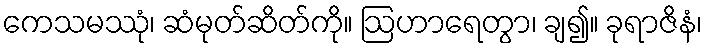
ကေသမဿုံ၊ ဆံမုတ်ဆိတ်ကို။ ဩဟာရေတွာ၊ ချ၍။ ခုရာဇိနံ၊